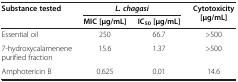
<table><thead><tr><td rowspan="2"><b>Substance tested</b></td><td colspan="2"><b><i>L. chagasi</i></b></td><td rowspan="2"><b>Cytotoxicity [μg/mL]</b></td></tr><tr><td><b>MIC [μg/mL]</b></td><td><b>IC<sub>50 </sub>[μg/mL]</b></td></tr></thead><tbody><tr><td>Essential oil</td><td>250</td><td>66.7</td><td>&gt;500</td></tr><tr><td>7-hydroxycalamenene purified fraction</td><td>15.6</td><td>1.37</td><td>&gt;500</td></tr><tr><td>Amphotericin B</td><td>0.625</td><td>0.01</td><td>14.6</td></tr></tbody></table>